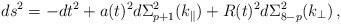
LaTeX: \begin{align*}ds^{2} = -dt^{2} + a(t)^{2} d\Sigma^{2}_{p+1}(k_\parallel) +R(t)^{2} d\Sigma^{2}_{8-p}(k_\perp) \, ,\end{align*}